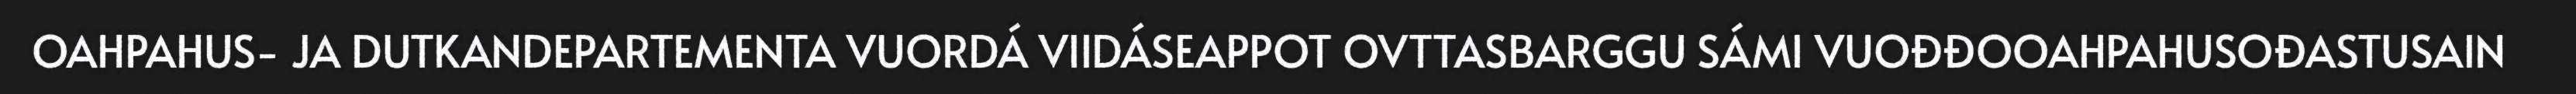
OAHPAHUS- JA DUTKANDEPARTEMENTA VUORDÁ VIIDÁSEAPPOT OVTTASBARGGU SÁMI VUOĐĐOOAHPAHUSOĐASTUSAIN